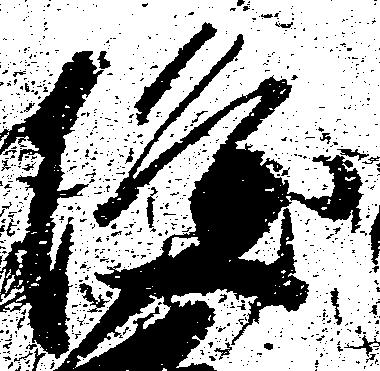
隆